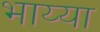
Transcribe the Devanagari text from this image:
भाय्या